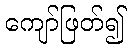
ကျော်ဖြတ်၍